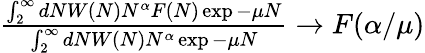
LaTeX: \begin{array}{r}{\frac{\int_{2}^{\infty}dNW(N)N^{\alpha}F(N)\exp{-\mu N}}{\int_{2}^{\infty}dNW(N)N^{\alpha}\exp{-\mu N}}\to F(\alpha/\mu)}\end{array}